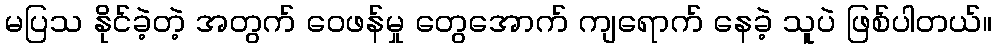
မပြသ နိုင်ခဲ့တဲ့ အတွက် ဝေဖန်မှု တွေအောက် ကျရောက် နေခဲ့ သူပဲ ဖြစ်ပါတယ်။